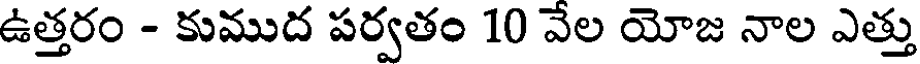
ఉత్తరం - కుముద పర్వతం 10 వేల యోజ నాల ఎత్తు